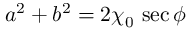
a ^ { 2 } + b ^ { 2 } = 2 \chi _ { 0 } \, \sec \phi